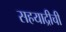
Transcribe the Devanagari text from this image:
सहयाद्रीची